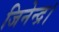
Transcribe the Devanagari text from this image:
जिनेन्द्र।